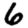
Digit: 6